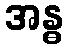
အန္ဓ